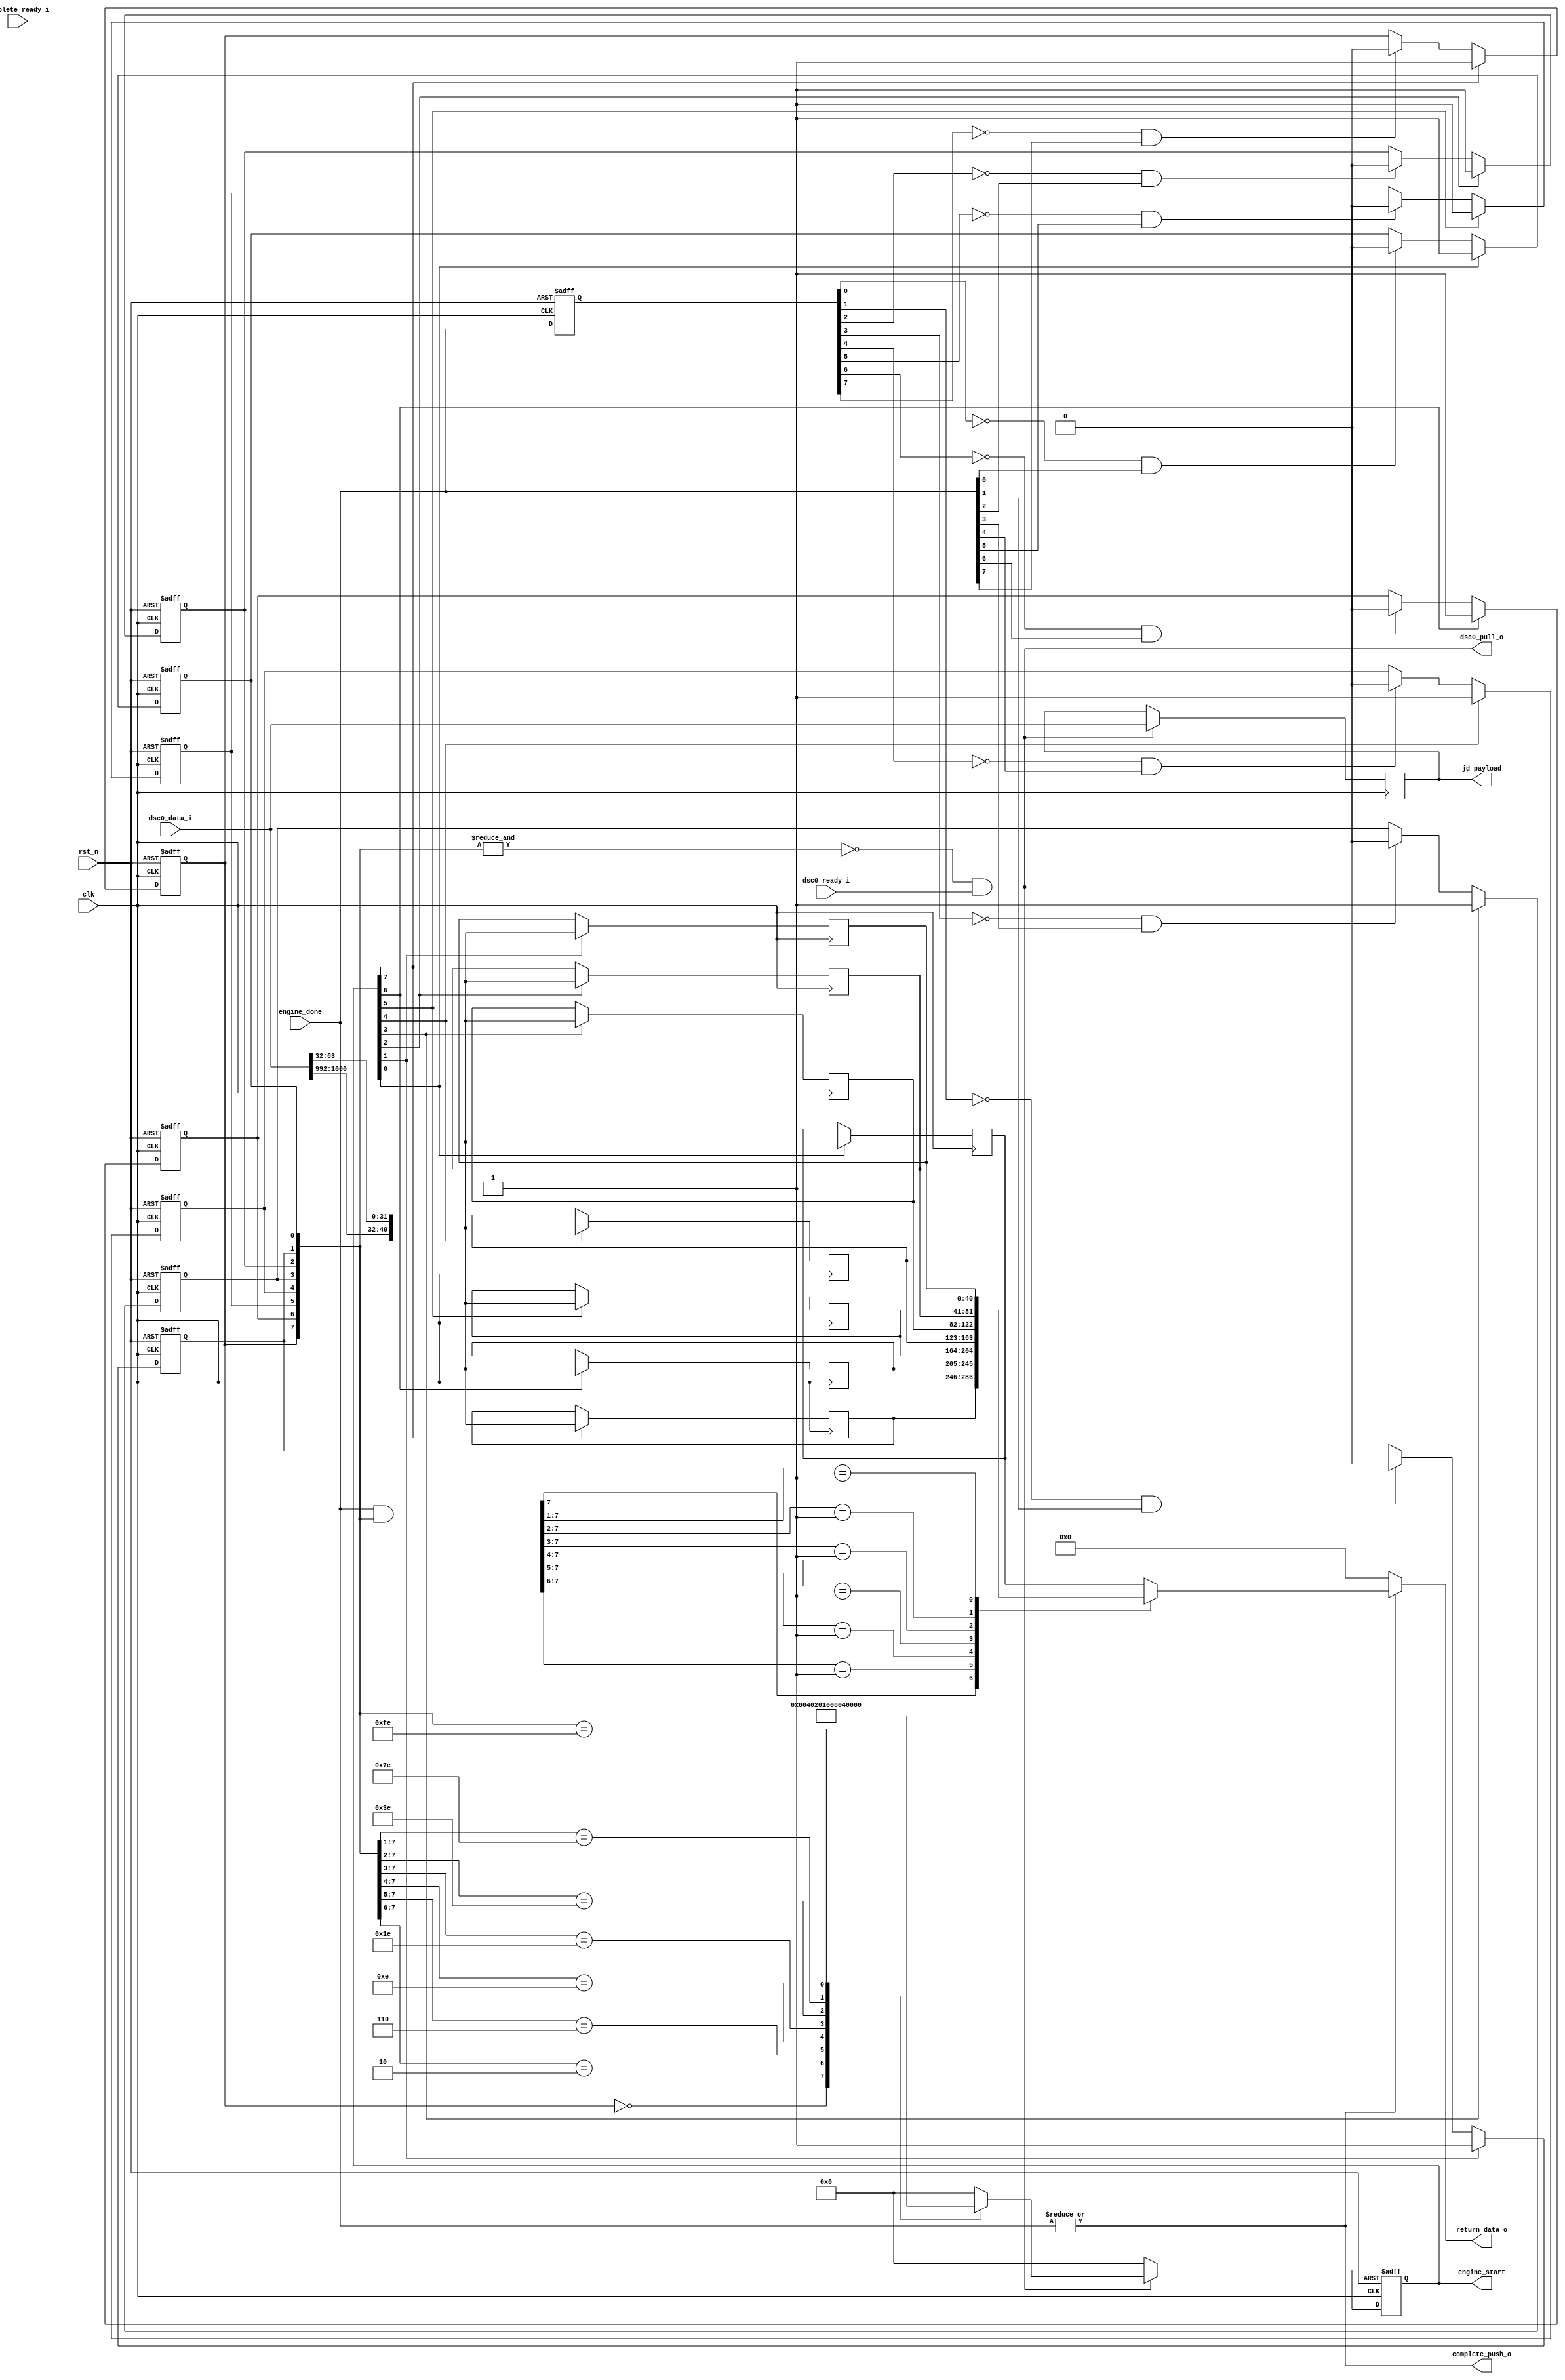
`timescale 1ns/1ps

module mp_scheduler #(
    parameter KERNEL_NUM = 8
)(
                      input             clk                   ,
                      input             rst_n                 ,

                      //---- manager ----
                      output                            dsc0_pull_o     ,
                      input                             dsc0_ready_i    ,
                      input         [1023:0]            dsc0_data_i     ,
                      //---- completion ----
                      input                             complete_ready_i,
                      output                            complete_push_o ,
                      output        [40:0]              return_data_o   ,
                      //---- kernel ----
                      output    reg [KERNEL_NUM-1:0]    engine_start    ,
                      output    reg [1023:0]            jd_payload      ,
                      input         [KERNEL_NUM-1:0]    engine_done
                      );


//---- declarations ----
 reg    [KERNEL_NUM-1:0]    kernel_complete_prev;
 reg    [KERNEL_NUM-1:0]    kernel_busy;
 wire   [KERNEL_NUM-1:0]    kernel_complete_posedge;
 reg    [40:0]              kernel0_info; //40:32 pid 31:0 jobid
 reg    [40:0]              kernel1_info; //40:32 pid 31:0 jobid
 reg    [40:0]              kernel2_info; //40:32 pid 31:0 jobid
 reg    [40:0]              kernel3_info; //40:32 pid 31:0 jobid
 reg    [40:0]              kernel4_info; //40:32 pid 31:0 jobid
 reg    [40:0]              kernel5_info; //40:32 pid 31:0 jobid
 reg    [40:0]              kernel6_info; //40:32 pid 31:0 jobid
 reg    [40:0]              kernel7_info; //40:32 pid 31:0 jobid
 reg    [31:0]              process_cnt0[511:0];
 reg    [31:0]              process_cnt1[511:0];
 reg    [40:0]              completion_info;

genvar m;
generate
  for (m = 0; m < 512; m = m + 1) begin: process_job_run
    always@(posedge clk or negedge rst_n)
        if(!rst_n)
            process_cnt0[m] <= 'd0;
        else if((|engine_start) & (jd_payload[40:32] == m))
            process_cnt0[m] <= process_cnt0[m] + 1'b1;

    always@(posedge clk or negedge rst_n)
        if(!rst_n)
            process_cnt1[m] <= 'd0;
        else if(complete_push_o & (completion_info[40:32] == m))
            process_cnt1[m] <= process_cnt1[m] + 1'b1;
	end
endgenerate

genvar i;
generate
  for (i = 0; i < KERNEL_NUM; i = i + 1) begin:kernel_complete_posedge_gen
    assign kernel_complete_posedge[i] = (kernel_complete_prev[i] == 0) & (engine_done[i] == 1);
  end
endgenerate

 always@(posedge clk or negedge rst_n)
   if(~rst_n)
     kernel_complete_prev <= {KERNEL_NUM{1'b1}};
   else
     kernel_complete_prev <= engine_done;

assign dsc0_pull_o = !(&kernel_busy) & dsc0_ready_i;
assign complete_push_o = |engine_done;
assign return_data_o = completion_info;

genvar j;
generate
  for (j = 0; j < KERNEL_NUM; j = j + 1) begin:kernel_busy_gen
    always@(posedge clk or negedge rst_n)
        if(!rst_n)
            kernel_busy[j] <= 1'b0;
        else if(engine_start[j] == 1'b1)
            kernel_busy[j] <= 1'b1;
        else if(kernel_complete_posedge[j] == 1'b1)
            kernel_busy[j] <= 1'b0;
  end
endgenerate

always@(posedge clk or negedge rst_n)
    if(!rst_n)
        engine_start <= 8'b0;
    else if(dsc0_pull_o) begin
        casex(kernel_busy)
            8'b0xxxxxxx: engine_start <= 8'b10000000;
            8'b10xxxxxx: engine_start <= 8'b01000000;
            8'b110xxxxx: engine_start <= 8'b00100000;
            8'b1110xxxx: engine_start <= 8'b00010000;
            8'b11110xxx: engine_start <= 8'b00001000;
            8'b111110xx: engine_start <= 8'b00000100;
            8'b1111110x: engine_start <= 8'b00000010;
            8'b11111110: engine_start <= 8'b00000001;
            default:     engine_start <= 8'b00000000;
        endcase
        end
    else
        engine_start <= 8'b00000000;

always@(posedge clk) if(dsc0_pull_o) jd_payload <= dsc0_data_i;
always@(posedge clk) if(engine_start[0]) kernel0_info <= {dsc0_data_i[1000:992],dsc0_data_i[63:32]};
always@(posedge clk) if(engine_start[1]) kernel1_info <= {dsc0_data_i[1000:992],dsc0_data_i[63:32]};
always@(posedge clk) if(engine_start[2]) kernel2_info <= {dsc0_data_i[1000:992],dsc0_data_i[63:32]};
always@(posedge clk) if(engine_start[3]) kernel3_info <= {dsc0_data_i[1000:992],dsc0_data_i[63:32]};
always@(posedge clk) if(engine_start[4]) kernel4_info <= {dsc0_data_i[1000:992],dsc0_data_i[63:32]};
always@(posedge clk) if(engine_start[5]) kernel5_info <= {dsc0_data_i[1000:992],dsc0_data_i[63:32]};
always@(posedge clk) if(engine_start[6]) kernel6_info <= {dsc0_data_i[1000:992],dsc0_data_i[63:32]};
always@(posedge clk) if(engine_start[7]) kernel7_info <= {dsc0_data_i[1000:992],dsc0_data_i[63:32]};

always@(*)
    if(complete_push_o)
        casex(engine_done & kernel_busy)
            8'b1xxxxxxx: completion_info = kernel7_info;
            8'b01xxxxxx: completion_info = kernel6_info;
            8'b001xxxxx: completion_info = kernel5_info;
            8'b0001xxxx: completion_info = kernel4_info;
            8'b00001xxx: completion_info = kernel3_info;
            8'b000001xx: completion_info = kernel2_info;
            8'b0000001x: completion_info = kernel1_info;
            default: completion_info = kernel0_info;
        endcase
    else
        completion_info = 'd0;

endmodule